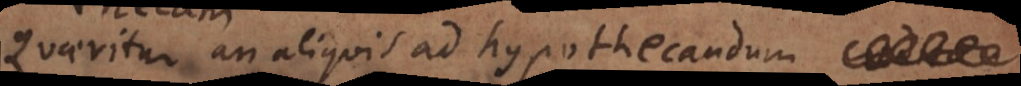
Quaeritur an aliquis ad hypothecandum